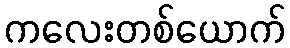
ကလေးတစ်ယောက်